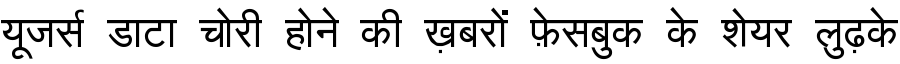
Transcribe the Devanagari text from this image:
यूजर्स डाटा चोरी होने की ख़बरों फ़ेसबुक के शेयर लुढ़के